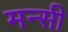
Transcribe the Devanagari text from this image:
मन्सी